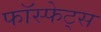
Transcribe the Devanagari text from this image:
फॉस्फेट्स